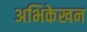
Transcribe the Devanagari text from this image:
अभिकेखन